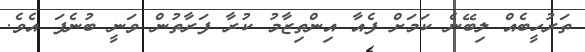
ތަރުހީބެއް ލިބޭނެ ކަމަށް ފެއާ އިންތިޒާމު ކުރާ ފަރާތުން ވަނީ ބުނެފަ އެވެ.